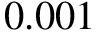
0 . 0 0 1